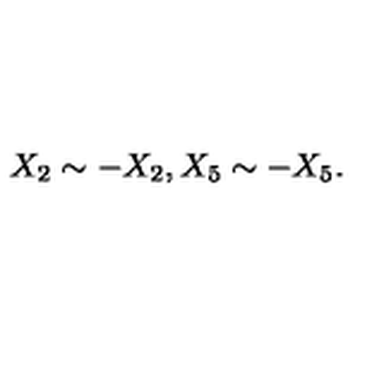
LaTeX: X _ { 2 } \sim - X _ { 2 } , X _ { 5 } \sim - X _ { 5 } .